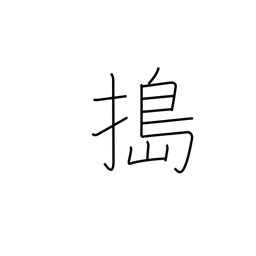
Meaning: pound